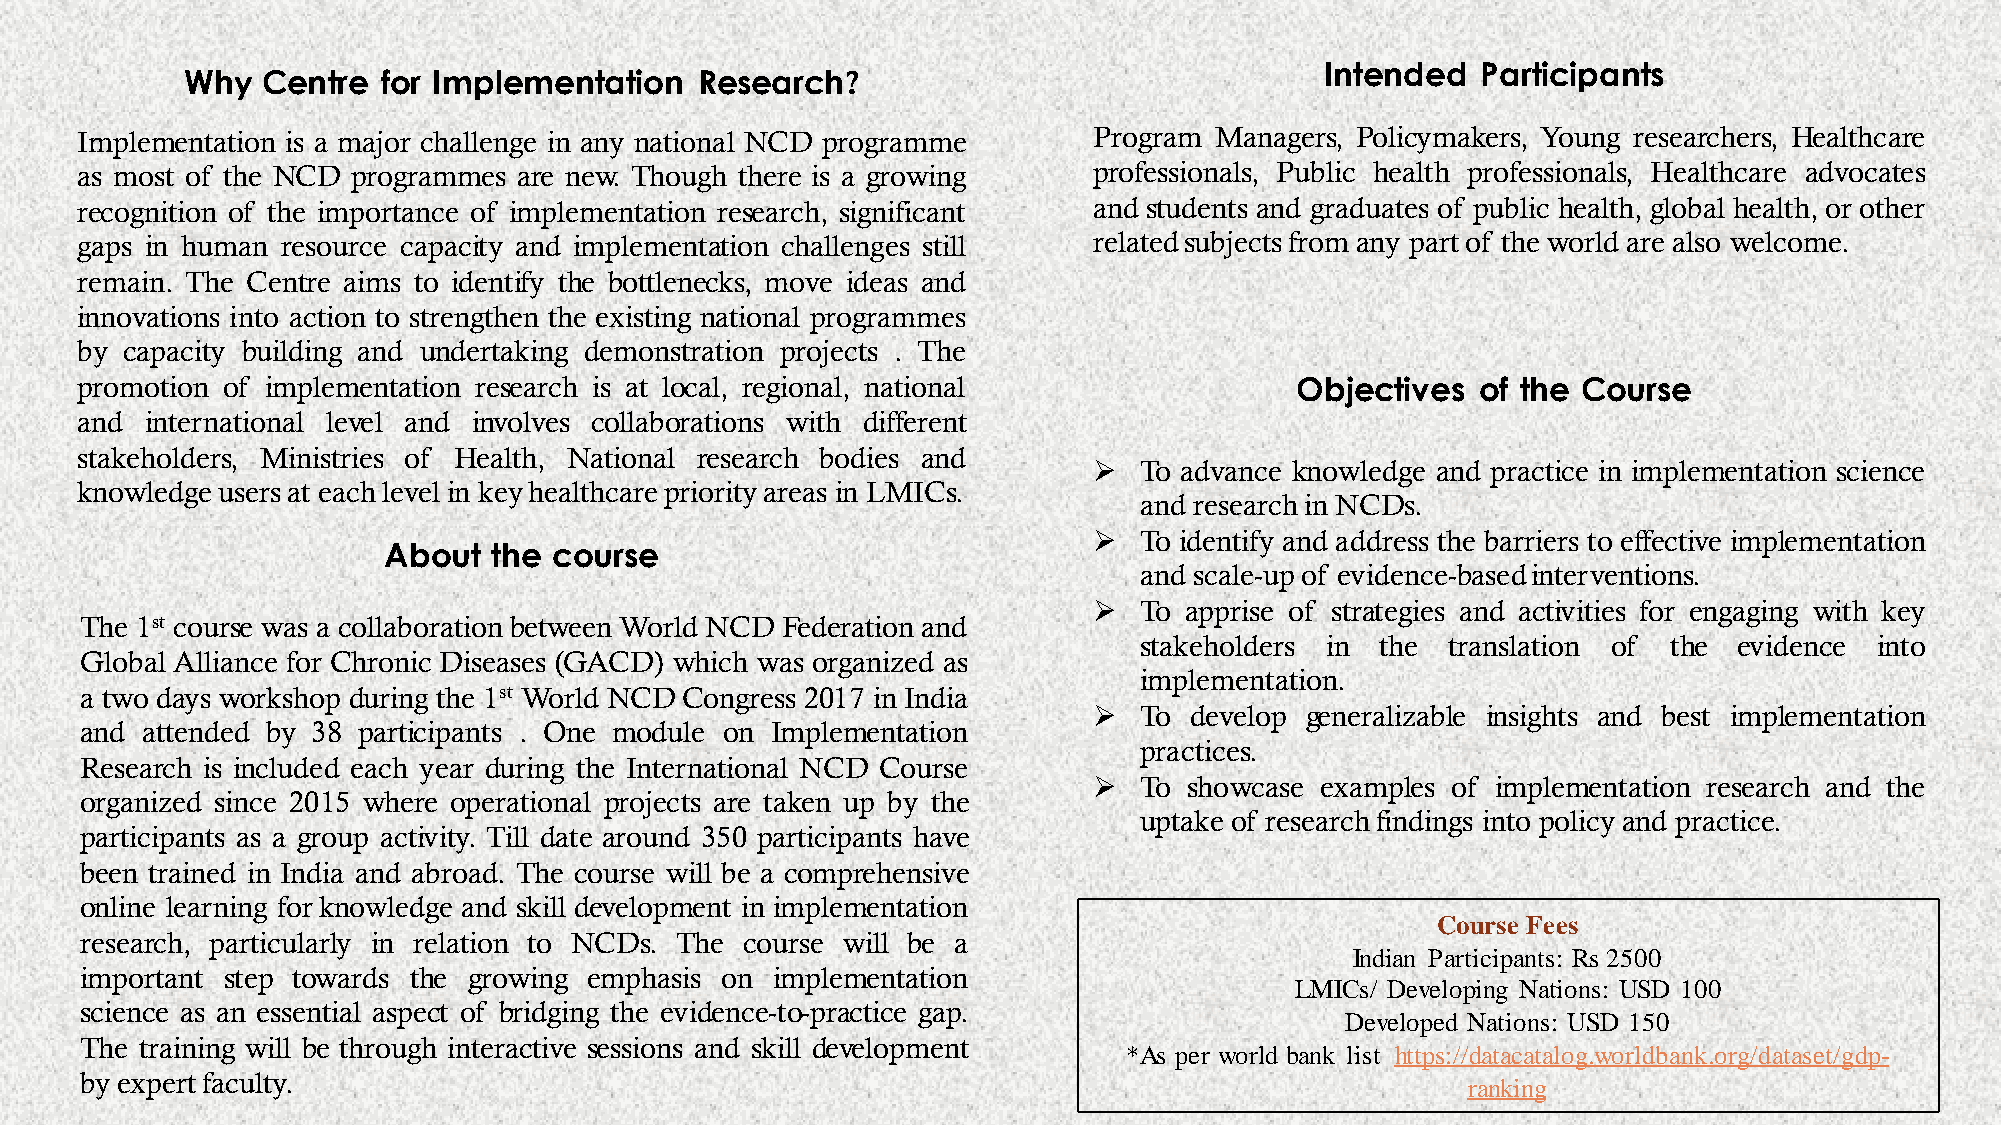
Intended  Participants
 Why  Centre  for Implementation   Research?
 Implementation is a major challenge in any national NCD programme  Program Managers, Policymakers, Young researchers, Healthcare
 as most of the NCD programmes are new. Though there is a growing   professionals, Public health professionals, Healthcare advocates
 recognition of the importance of implementation research, significant and students and graduates of public health, global health, or other
 gaps in human resource capacity and implementation challenges still relatedsubjectsfrom any part of the world are also welcome.
 remain. The Centre aims to identify the bottlenecks, move ideas and
 innovations into action to strengthen the existing national programmes
 by capacity building and undertaking demonstration projects . The
 promotion of implementation research is at local, regional, national             Objectives  of the Course
 and  international level and involves collaborations with different
 stakeholders, Ministries of Health, National research bodies and
   To advance knowledge and practice in implementation science
 knowledge usersat eachlevelin keyhealthcare priorityareas in LMICs.
 and researchin NCDs.
   To identify and address the barriers to effective implementation
 About   the course
 and scale-upof evidence-basedinterventions.
   To apprise of strategies and activities for engaging with key
 The 1st course was a collaboration between World NCD Federation and
 stakeholders in the  translation of the evidence into
 Global Alliance for Chronic Diseases (GACD) which was organized as
 implementation.
 a two days workshop during the 1st World NCDCongress 2017 in India
   To  develop generalizable insights and best implementation
 and attended by 38 participants . One module on Implementation
 practices.
 Research is included each year during the International NCD Course
   To  showcase examples of implementation research and the
 organized since 2015 where operational projects are taken up by the
 uptake of researchfindings into policy and practice.
 participants as a group activity. Till date around 350 participants have
 been trained in India and abroad. The course will be a comprehensive
 online learning for knowledge and skill development in implementation
 Course Fees
 research, particularly in relation to NCDs. The course will be a
 Indian Participants: Rs 2500
 important step towards the growing emphasis on implementation
 LMICs/ Developing Nations: USD 100
 science as an essential aspect of bridging the evidence-to-practice gap.
 Developed Nations: USD 150
 The training will be through interactive sessions and skill development
 *As per world bank list: https://datacatalog.worldbank.org/dataset/gdp-
 by expertfaculty.
 ranking